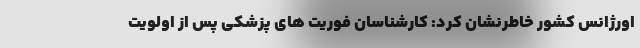
اورژانس کشور خاطرنشان کرد: کارشناسان‌ فوریت های پزشکی پس از اولویت